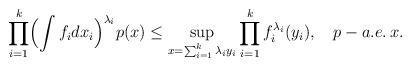
LaTeX: \begin{align*}\prod_{i=1}^k \Bigl( \int f_i dx_i \Bigr)^{\lambda_i} p(x) \le \sup_{x = \sum_{i=1}^k \lambda_i y_i } \prod_{i=1}^k f^{\lambda_i}_i(y_i), \hskip 2mm \hskip 2mm p-a.e. \, x.\end{align*}